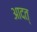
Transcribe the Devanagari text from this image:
आदत्